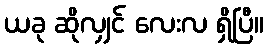
ယခု ဆိုလျှင် လေးလ ရှိပြီ။